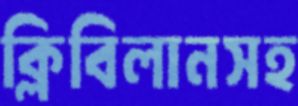
ক্লিবিলানসহ